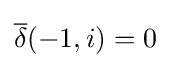
{\overline {\delta }}(-1,i)=0\,\!